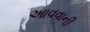
આવવાની